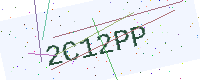
Text: 2C12PP